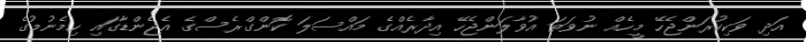
އަދި ވަކިކުރަންޖެހޭ މީހެއް ނުވަތަ އުވާލަންޖެހޭ އިދާރެއްގެ މައްސަލަ ކޮންގްރެސްގެ އެޖެންޑާގައި ހިމެނުމުގެ